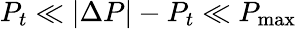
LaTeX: P_{t}\ll|\Delta P|-P_{t}\ll P_{\operatorname*{max}}